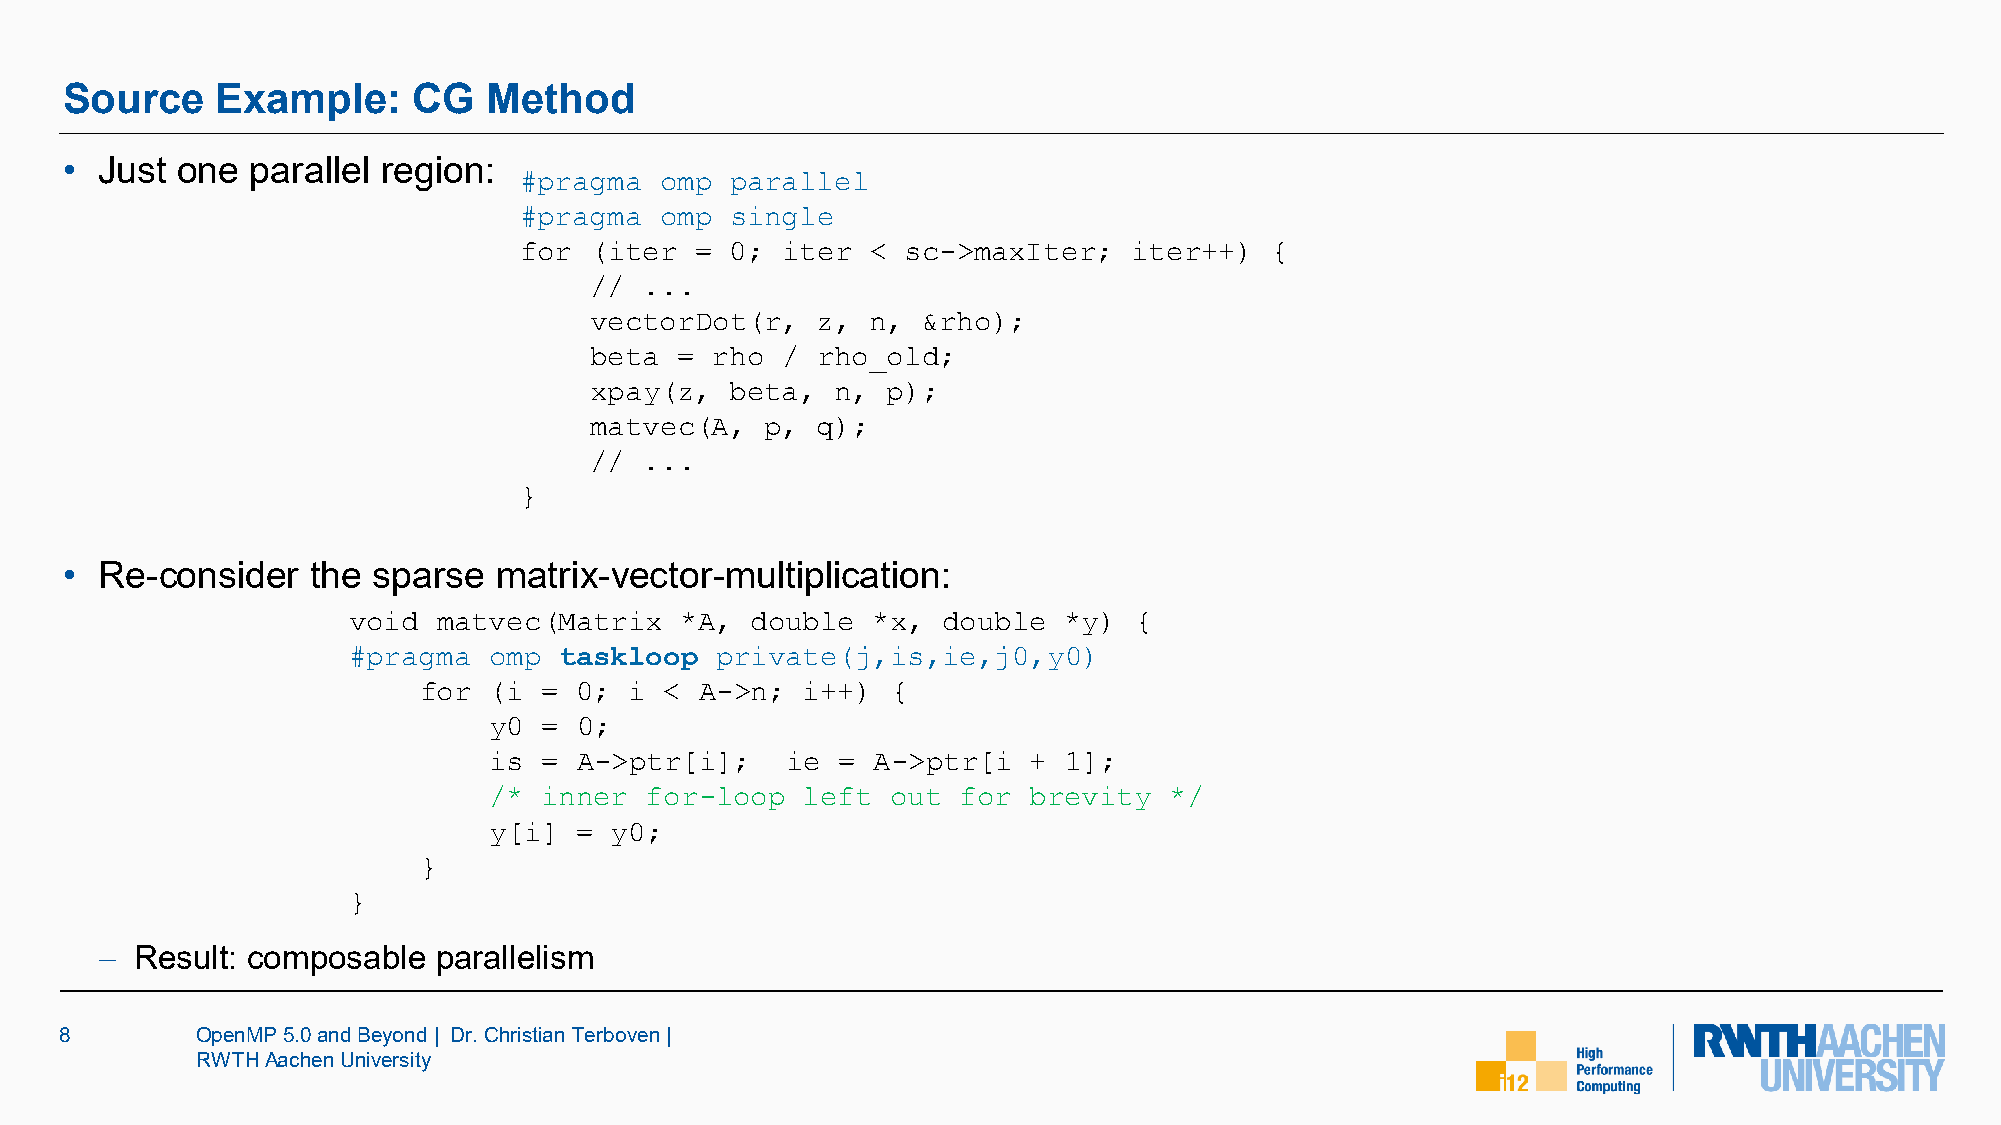
Source    Example:     CG   Method
 •  Just one  parallel region:
 #pragma   omp parallel
 #pragma   omp single
 for  (iter  = 0;  iter  < sc->maxIter;   iter++)  {
 //  ...
 vectorDot(r,   z,  n, &rho);
 beta  = rho  / rho_old;
 xpay(z,  beta,  n,  p);
 matvec(A,   p, q);
 //  ...
 }
 •  Re-consider   the sparse  matrix-vector-multiplication:
 void  matvec(Matrix   *A,  double  *x, double  *y)  {
 #pragma  omp  taskloop  private(j,is,ie,j0,y0)
 for (i  = 0;  i < A->n;  i++)  {
 y0  = 0;
 is  = A->ptr[i];    ie =  A->ptr[i  + 1];
 /*  inner  for-loop  left  out  for brevity  */
 y[i]  = y0;
 }
 }
 − Result: composable  parallelism
 8        OpenMP 5.0 and Beyond | Dr. Christian Terboven|
 RWTH Aachen University